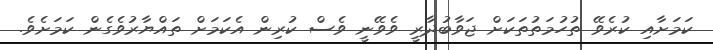
ކަމަށާއި ކުރެވޭ ތުހުމަތުތަކަށް ޖަވާބުދާރީ ވެވޭނީ ވެސް ކުރިން އެކަމަށް ތައްޔާރުވެގެން ކަމަށެވެ.